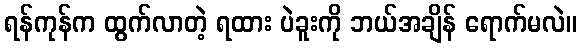
ရန်ကုန်က ထွက်လာတဲ့ ရထား ပဲခူးကို ဘယ်အချိန် ရောက်မလဲ။